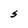
Character: S